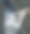
ম